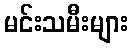
မင်းသမီးများ